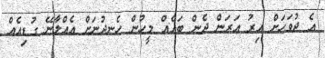
އެ ދުވަހަށް އިރު އަރަން ދެން ބައެއް މީހުން ހެނދުނަށް އެއްލާނޭ ގުޑިއެއް